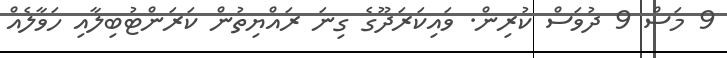
9 މަސް 9 ދުވަސް ކުރިން. ވައިކަރަދޫގެ ގިނަ ރައްޔިތުން ކަރަންޓުބިލާއި ހަވާލެއް